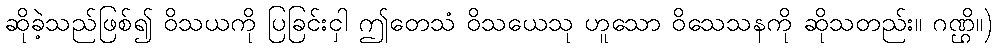
ဆိုခဲ့သည်ဖြစ်၍ ဝိသယကို ပြခြင်းငှါ ဤတေသံ ဝိသယေသု ဟူသော ဝိသေသနကို ဆိုသတည်း။ ဂဏ္ဌိ။)